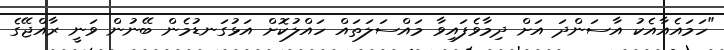
"ހަމައެއާއެކު އާސަންދަ އަށް ދިމާވެފައިވާ މައްސަލަތައް ހައްލުކޮށް އަޅުގަނޑުމެން ބޭނުން ވަނީ ރާއްޖޭގެ